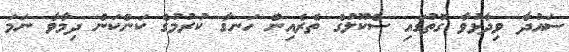
ސައުދާ ވިދާޅުވާ ގޮތުގައި ސްކޫލުގެ ތެރެއިން ހަނގާ ކުރުމުގެ ކަންކަން ދިމާވާ ނަމަ